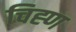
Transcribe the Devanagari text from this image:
चिह्ण